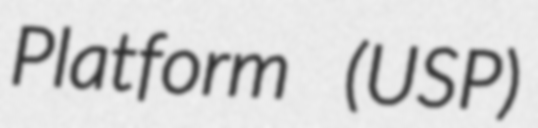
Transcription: Platform (USP)